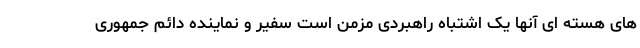
های هسته ای آنها یک اشتباه راهبردی مزمن است سفیر و نماینده دائم جمهوری